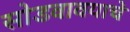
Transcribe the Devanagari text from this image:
सोडवावयाचे